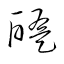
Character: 醢